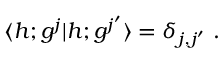
\langle h ; g ^ { j } \vert h ; g ^ { j ^ { \prime } } \rangle = \delta _ { j , j ^ { \prime } } { } ~ .